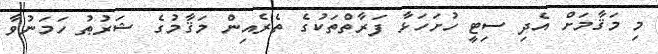
މި މަޤާމަށް އެދި ސިޓީ ހުށަހަޅާ ފަރާތްތަކުގެ ތެރެއިން މަޤާމުގެ ޝަރުޠު ހަމަނުވާ